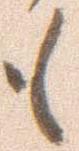
も